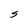
Character: S